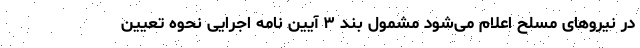
در نیروهای مسلح اعلام می‌شود مشمول بند ۳ آیین نامه اجرایی نحوه تعیین